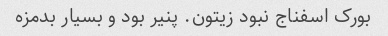
بورک اسفناج نبود زیتون. پنیر بود و بسیار بدمزه